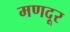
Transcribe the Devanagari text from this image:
मणदूर